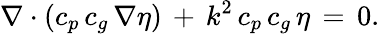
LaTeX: \nabla\cdot\left(c_{p}\, c_{g}\, \nabla\eta\right)\, +\, k^{2}\, c_{p}\, c_{g}\, \eta\, =\, 0.